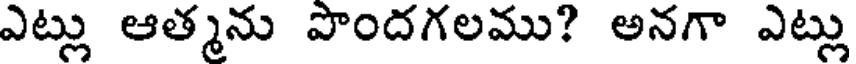
ఎట్లు ఆత్మను పొందగలము? అనగా ఎట్లు